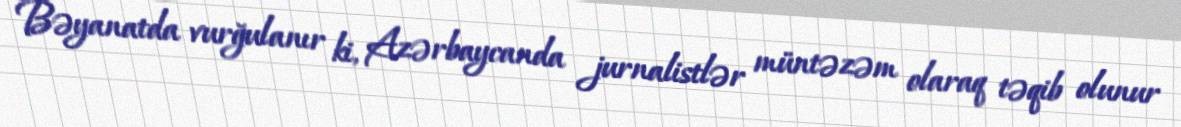
Bəyanatda vurğulanır ki, Azərbaycanda jurnalistlər müntəzəm olaraq təqib olunur